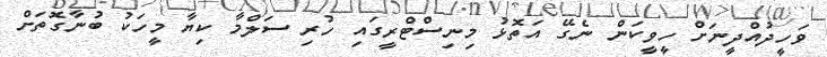
ވަހީދުއްދީނަށް ހީވީކަން ނެގޭ އަތޮޅު މިނިސްޓްރީގައި ހުރި ސަލްމާ ކިޔާ މީހަކު ބުނާގޮތަށް